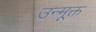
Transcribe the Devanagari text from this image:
उन्मूक्त